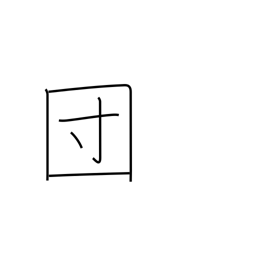
Meaning: association